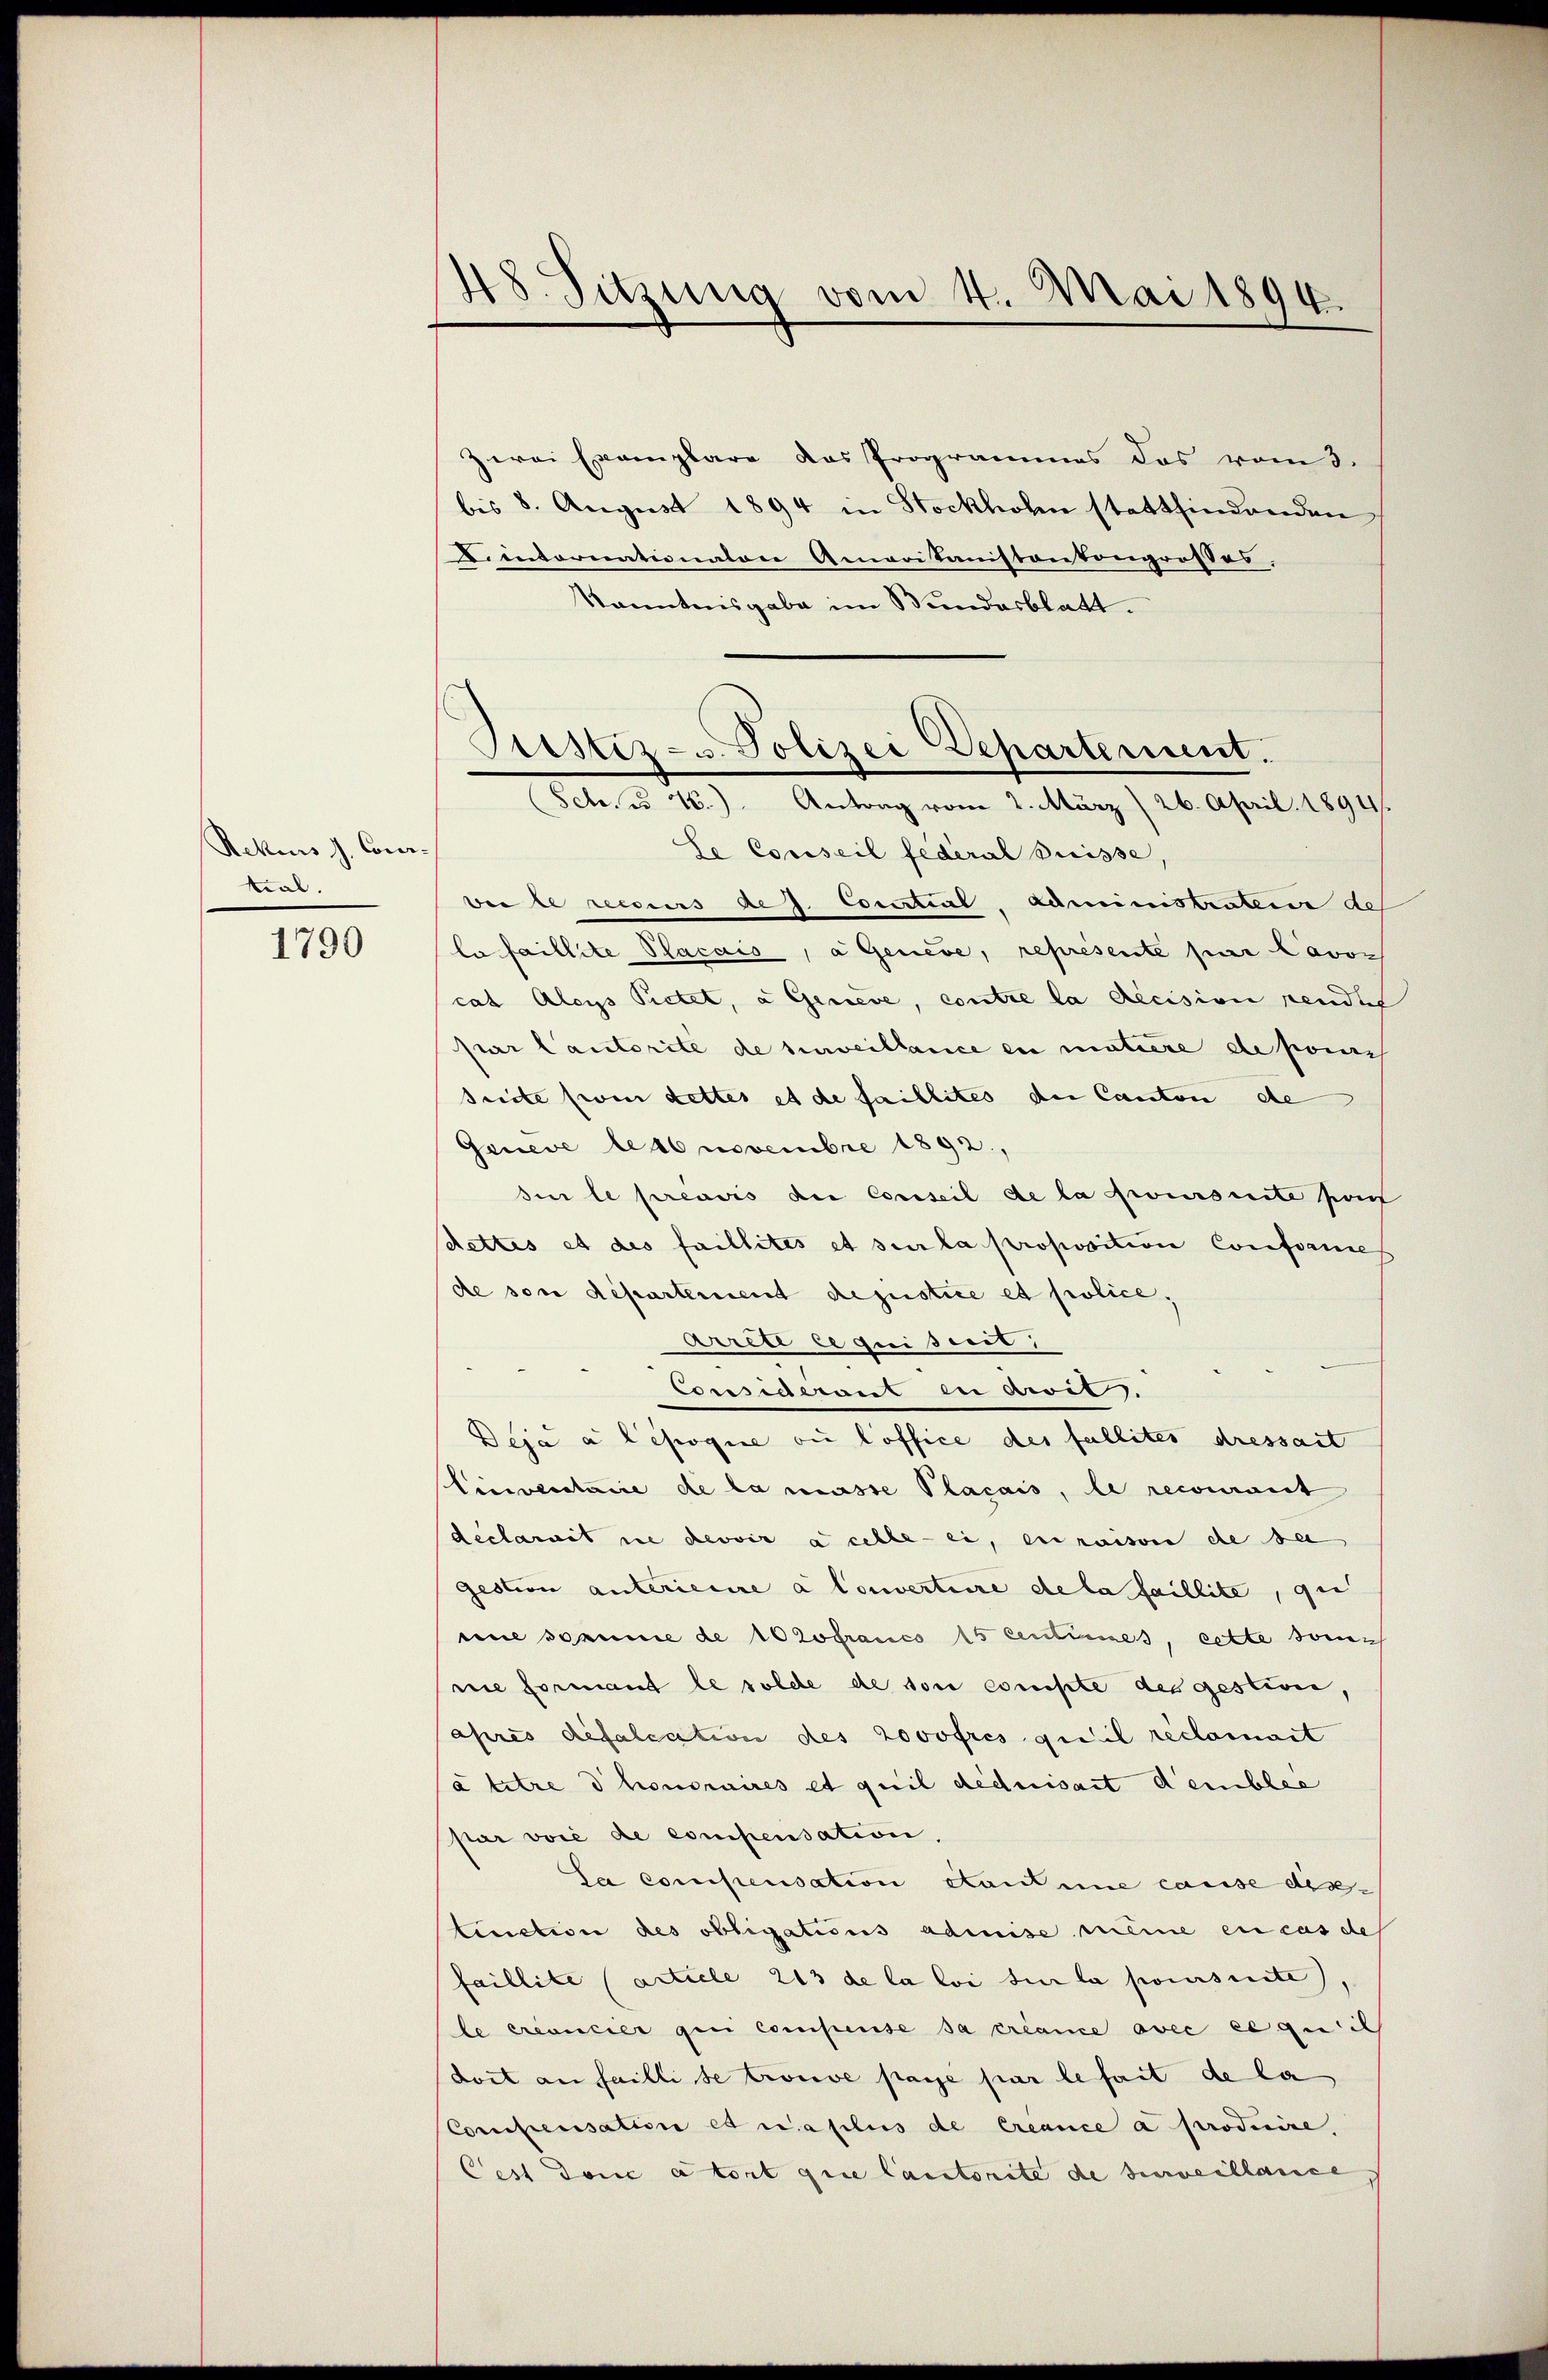
Rekurs J. Comtial.

1790

48. Sitzung vom 4. Mai 1894.

zwei Exemplare das Programmes das vom 3.
bis 8. August 1894 in Stockhohn stattfindenden
intornationaton Ameritanistantongrosses.
Kanntnisgabe im Bundesblatt.
Se Conseil fédéral Suisse,
dei le recurs de d. Cocatial. Administratene do
la faillite Placais, a Geneve, represente par Lavoz
cas Aleys Pietet, a Genere, contre la decision pendig
par Cantorité de surveillance en matiere de pours
Seite siven dettes et de faillites der Canton de
Geneve les novembre 1892,
di le préavis die Conseil de la poursuite pou
dettes et des faillites et sur la proposition Conforme
de von departement depustice et police,
Arrete lequisirt.
Considerant in droit.
Deja à l’époque ou loffice des fallites dressait
Cinventaire de la masse Placais, le recourant
declarait ne devoir à celle ei, en raison de se
gestion anteriere a Convertiere de la faillite, gu
mie somme de 10 Zofranco 15 centimes, cette sonnie formant le solde de son compte des gestion,
après défalcation des Lovofres quil reclamat
ä titre d honoraires et quil déduisart demblée
par voie de compensation.
La compensation étantine cause dis-
tinction des obligations admise meine en cas de
faillite (article 213 de la loi sur la poursuite),
le créancier gen Compense sa créance avec ce qui il
doit an failli se trouve payé par le fait de la
Compensation et rasiliis de créance a producire.
Cest donc a tort que lautorite de surveillance

Prestiz- u. Polizei Departement.
Sch. u. 2.) Antrag vom 2. März 26. April 1894.